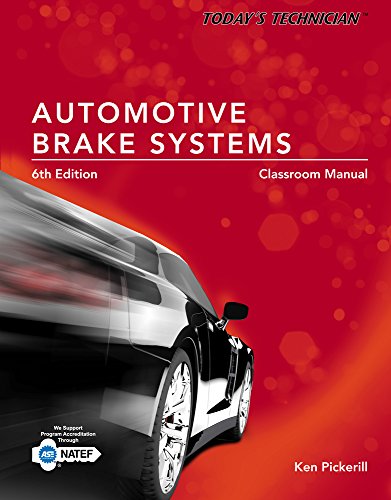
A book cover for Today's Technician: Automotive Brake Systems, Classroom and Shop Manual Prepack; Ken Pickerill; Engineering & Transportation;